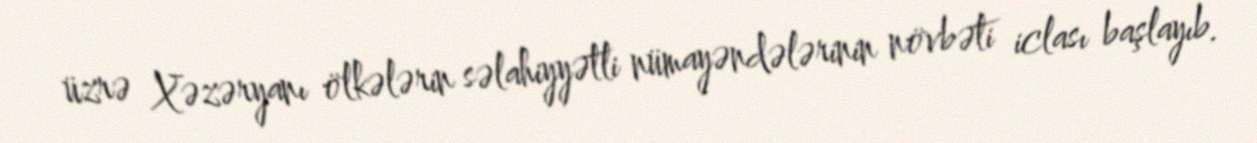
üzrə Xəzəryanı ölkələrin səlahiyyətli nümayəndələrinin növbəti iclası başlayıb.